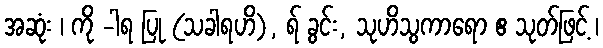
အဆုံး ၊ ကို -ါရ ပြု (သခါရဟိ), ရ် ခွင်း, သုဟိသွကာရော ဧ သုတ်ဖြင့် ၊